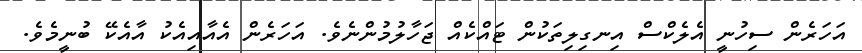
އަހަރެން ސިހުނީ އެލެކްސް އިނގިލިތަކުން ޓައްކެއް ޖަހާލުމުންނެވެ. އަހަރެން އެއާއިއެކު އާއެކޭ ބުނީމެވެ.